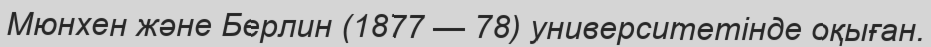
Мюнхен және Берлин (1877 — 78) университетінде оқыған.